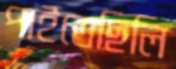
পাইতেছিলি